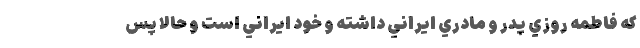
كه فاطمه روزي پدر و مادري ايراني داشته و خود ايراني است و حالا پس